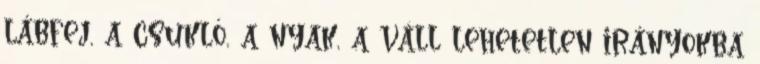
lábfej, a csukló, a nyak, a váll lehetetlen irányokba